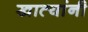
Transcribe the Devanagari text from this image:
खात्यांनी